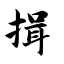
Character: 揖